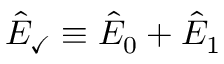
\hat { E } _ { \checkmark } \equiv \hat { E } _ { 0 } + \hat { E } _ { 1 }